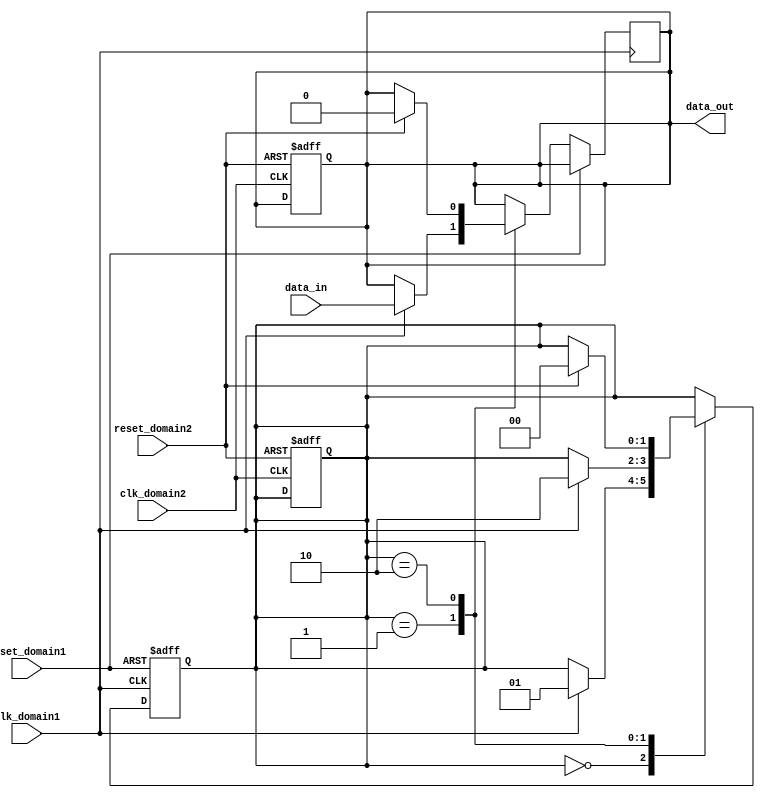
module synchronizer_with_reset(
    input wire clk_domain1,
    input wire clk_domain2,
    input wire reset_domain1,
    input wire reset_domain2,
    input wire data_in,
    output reg data_out
);

reg [1:0] state;

always @(posedge clk_domain1 or posedge reset_domain1) begin
    if (reset_domain1) begin
        state <= 2'b00;
    end else begin
        case (state)
            2'b00: begin
                if (clk_domain1) state <= 2'b01;
            end
            2'b01: begin
                if (clk_domain1) begin
                    state <= 2'b10;
                    data_out <= data_in;
                end
            end
            2'b10: begin
                if (reset_domain2) begin
                    state <= 2'b00;
                    data_out <= 1'b0;
                end
            end
        endcase
    end
end

always @(posedge clk_domain2 or posedge reset_domain2) begin
    if (reset_domain2) begin
        state <= 2'b00;
        data_out <= 1'b0;
    end
end

endmodule